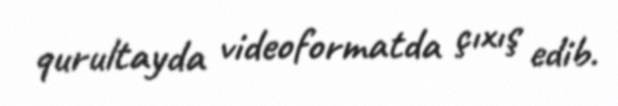
qurultayda videoformatda çıxış edib.